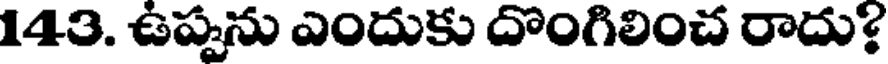
143. ఉప్పను ఎందుకు దొంగిలించ రాదు?